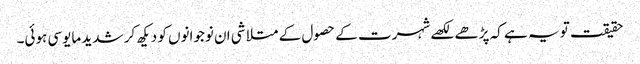
حقیقت تو یہ ہے کہ پڑھے لکھے شہرت کے حصول کے متلاشی ان نوجوانوں کو دیکھ کر شدید مایوسی ہوئی۔